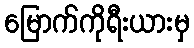
မြောက်ကိုရီးယားမှ